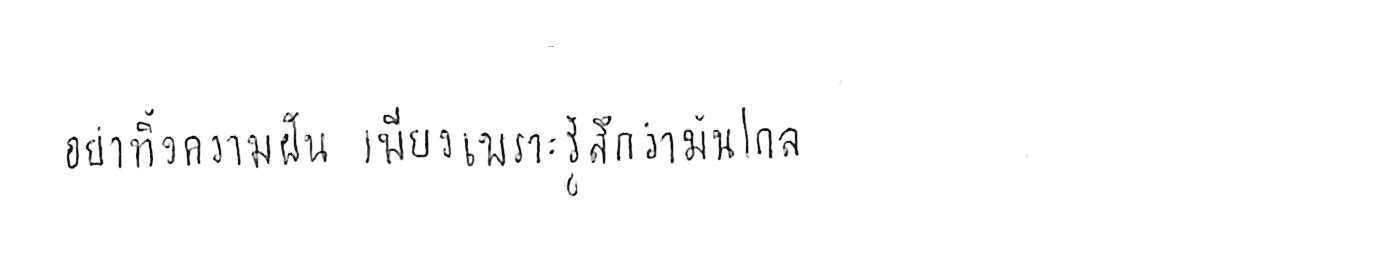
อย่าทิ้งความฝัน เพียงเพราะรู้สึกว่ามันไกล